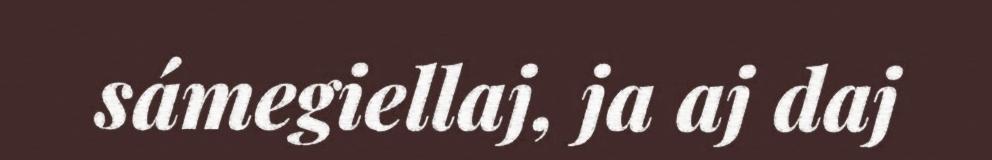
sámegiellaj, ja aj daj